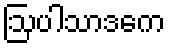
ဩပါသာဒကေ